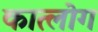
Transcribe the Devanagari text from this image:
कात्लोग